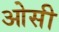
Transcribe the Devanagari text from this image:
ओसी